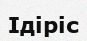
Ідіріс